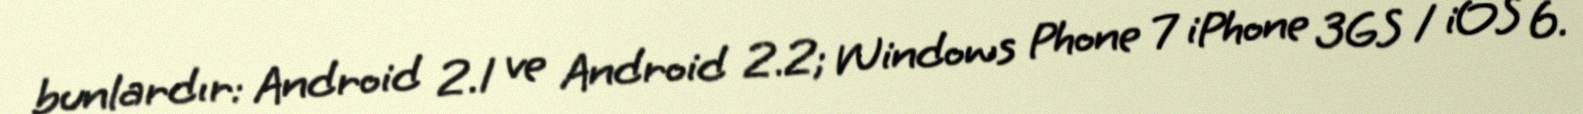
bunlardır: Android 2.1 ve Android 2.2; Windows Phone 7 iPhone 3GS / iOS 6.